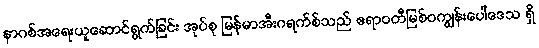
နာဂစ်အရေးယူဆောင်ရွက်ခြင်း အုပ်စု မြန်မာအီးဂရက်စ်သည် ဧရာဝတီမြစ်ဝကျွန်းပေါ်ဒေသ ရှိ